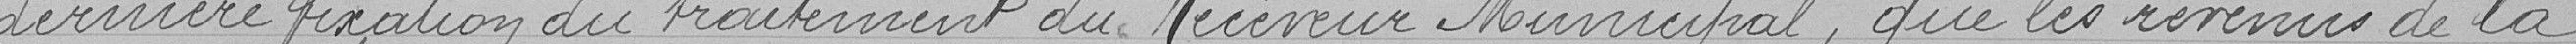
dernière fixation du traitement du Receveur Municipal, que les revenus de la